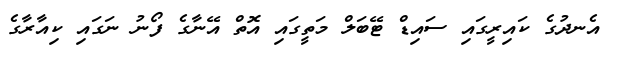
އެނދުގެ ކައިރީގައި ސައިޑް ޓޭބަލް މަތީގައި އޮތް އޭނާގެ ފޯނު ނަގައި ކިއާރާގެ